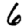
Digit: 6